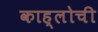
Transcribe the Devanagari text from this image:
काह्लोची